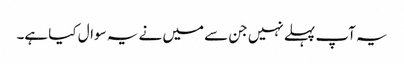
یہ آپ پہلے نہیں جن سے میں نے یہ سوال کیا ہے۔